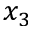
x _ { 3 }